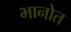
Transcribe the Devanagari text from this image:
भानोत